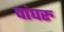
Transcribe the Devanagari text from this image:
पांघरु